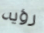
رؤيه